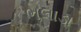
ભલાડા